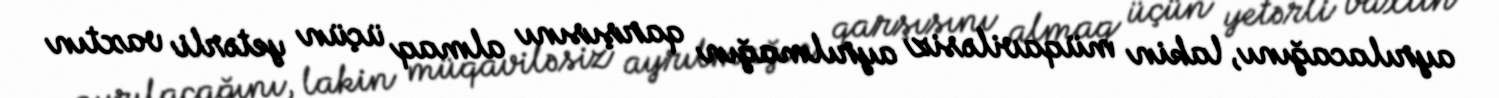
ayrılacağını, lakin müqaviləsiz ayrılmağın qarşısını almaq üçün yetərli vaxtın